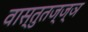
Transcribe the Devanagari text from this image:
वास्तुतज्ज्ञ